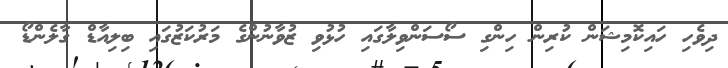
ދިވެހި ހައިކޮމިޝަން ކުރިން ހިންގި ސޯސަންވިލާގައި ހުޅުވި ޒުވާނުންގެ މަރުކަޒުގައި ބިލިއާޑް ގާލެންޑޯ